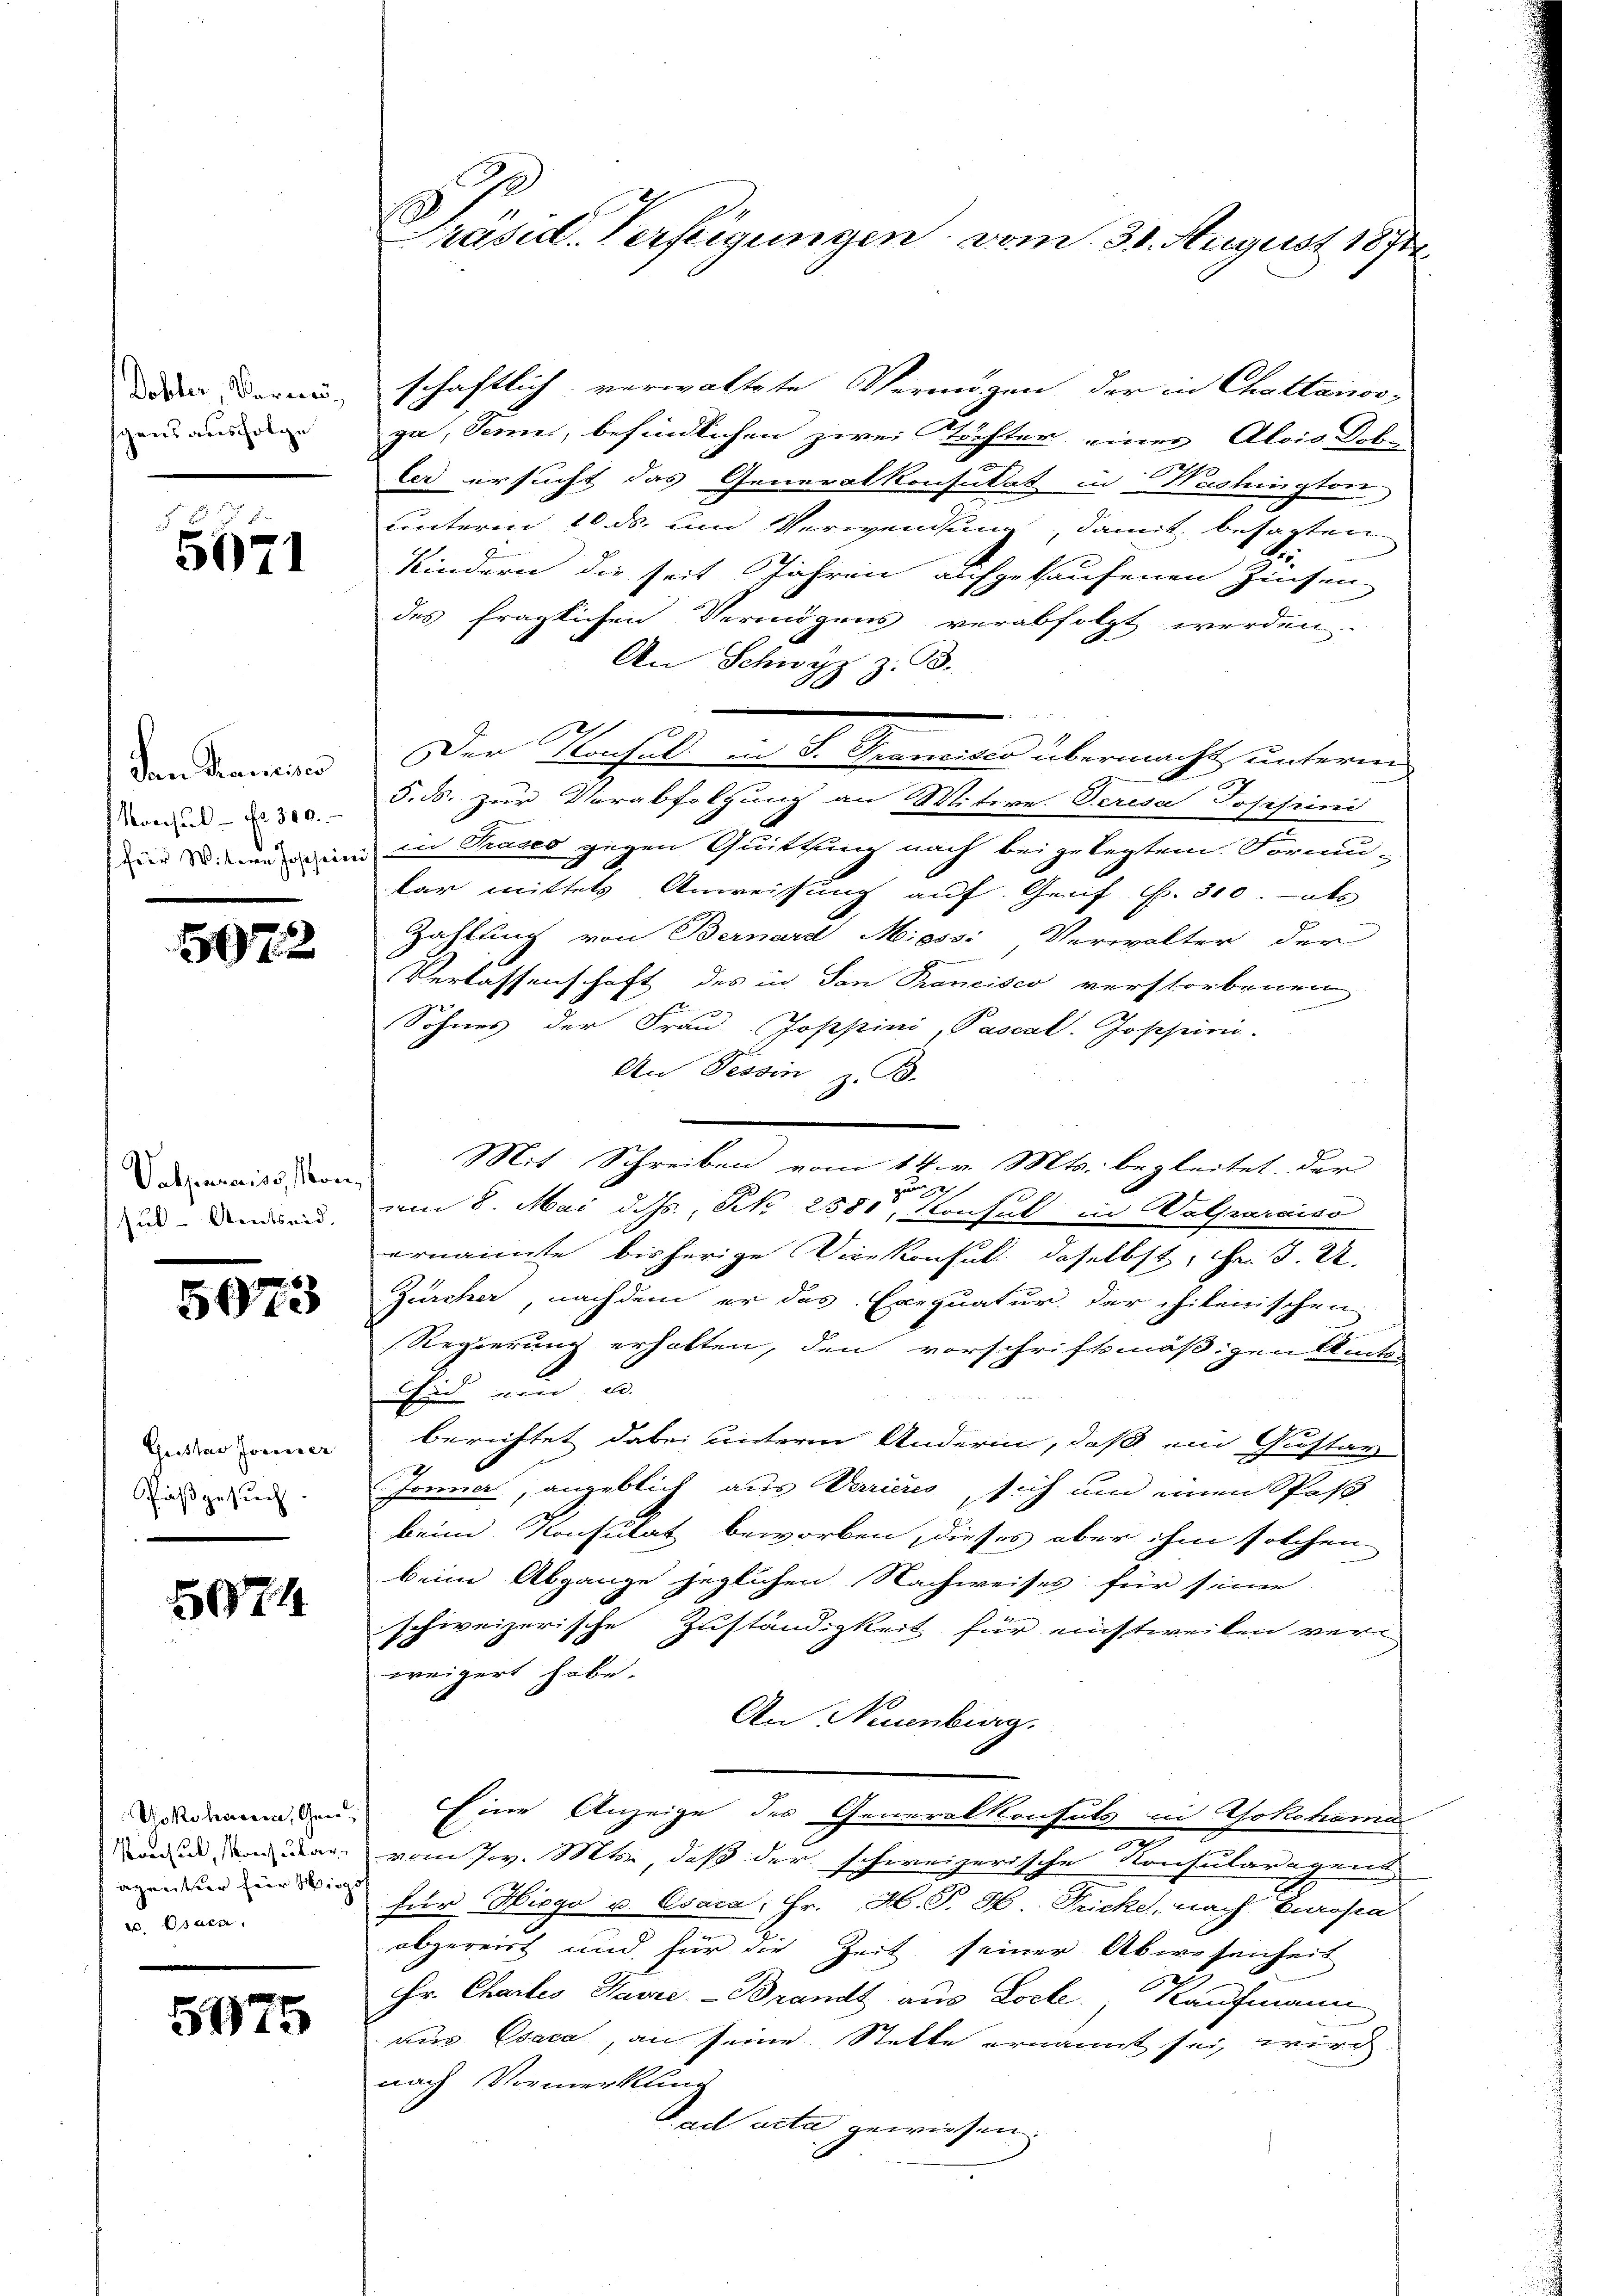
Dohler, Verweischens ausfolge

5671

den Francisco
Konsul Nr. 300.
für Witwe Josefini

507.

Vabzureiss, son
sut-Amtseid.

5073

Geister sonner
Faßgesuch

5074

Yokoharen, Gene
Koerial, Manch aber
agantier für Wir
Craca

575

Präsid. Verfeigungen vom 31. August 1874.

schaftlich verwaltete Vermögen der in Chattanos-
ga, Senne, befindlichen zwei Töchter einer Alois Dol-
ler ersucht das Generalkonsulat in Washington
unterm 10. ds. um Verwendung, damit besagten
Kindern die seit Jahren aufgekaufenen Zinsen
des fraglichen Vermögens verabfolgt werden.
An Schwyz z. B.
Der Konsul in S. Francisco übermacht unterm
5. ds. zur Verabfolgung an Witwe. Seresa Josefini
in Präses gegen Quittung nach beigelegtem Formu-
kar mittels Anweisung auf Genf Nr. 300. als
Zahlung von Bernard Misss: Verwalter der
e
Verlassenschaft des in San Pancisco verstorbenen
K
Sohnes der Frau Joppini, Pascal Joschein.
An Tessin, z. B.
Mit Schreiben vom 14. v. Mts. begleitet, der
um 8. Mai d. Js., No 2580, Konsul in Walparaiso
ernannte bisherige Vicekonsul daselbst, u. d. d.
Zürcher, nachdem er das Exequatur der chilenischen
Regierung erhalten, den vorschriftsmäßigen Amt
Eid ein u.
berichtet dabei unterm Anderen, daß ein Gustar
2
Jonner, angeblick aus Varieres sich um einen Spaß
beim Konsulat beworben, dieses aber ihm solchen
beim Abgange jeglichen Nachweises für seine
schweizerische Zuständigkeit für nichtweilen ver
weigert habe.
An Neuenburg.
Eine Anzeige des Generalkonsuls in Yokohama
vom 7 v. Mts., daß der schweizerische Konsularagend
für Hiego u. Esaca; Hr. H. T. H. Fricke, nach karosen
obgereist und für die Zeit seiner Abwesenheit
r. Chartes Havre-Brandt aus Locke. Kaufmann
aus Esaca, an seine Statte ernannt sei, wird
nach Vormerkung
Tad acta gewiesen.